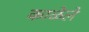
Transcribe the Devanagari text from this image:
काळेले